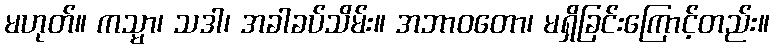
မဟုတ်။ ကသ္မာ၊ သဒါ၊ အခါခပ်သိမ်း။ အဘာဝတော၊ မရှိခြင်းကြောင့်တည်း။